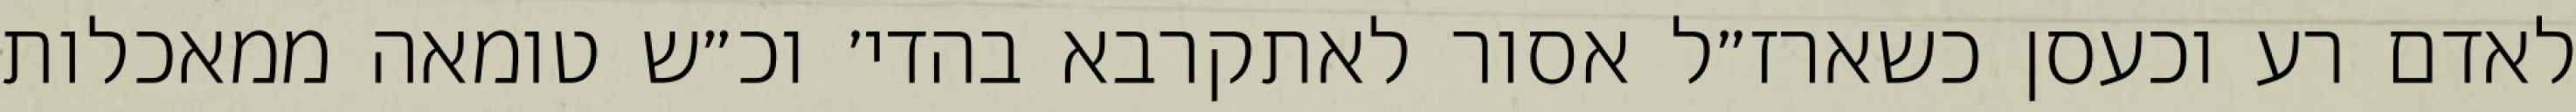
לאדם רע וכעסן כשארז״ל אסור לאתקרבא בהדי׳ וכ״ש טומאה ממאכלות